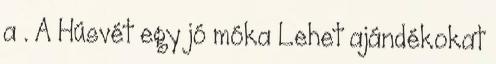
a . A Húsvét egy jó móka Lehet ajándékokat